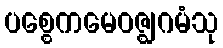
ပစ္စေကမေဝဇ္ဈဂမံသု